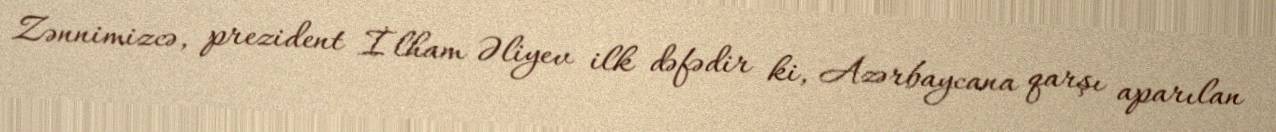
Zənnimizcə, prezident İlham Əliyev ilk dəfədir ki, Azərbaycana qarşı aparılan